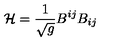
{ \cal H } = \frac { 1 } { \sqrt { g } } B ^ { i j } B _ { i j }